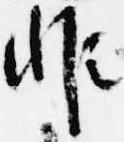
非